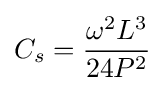
C_{s}={\frac {{\omega }^{2}L^{3}}{24P^{2}}}